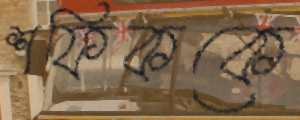
শফিককে